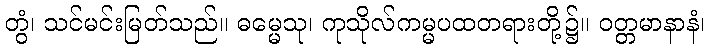
တွံ၊ သင်မင်းမြတ်သည်။ ဓမ္မေသု၊ ကုသိုလ်ကမ္မပထတရားတို့၌။ ဝတ္တမာနာနံ၊